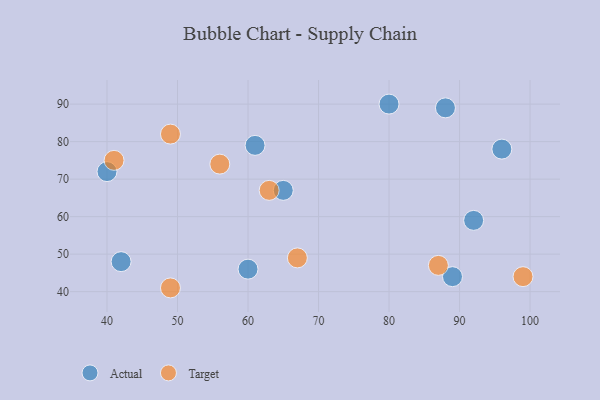
{"axis": {"x": "GDP", "y": "Life Expectancy"}, "legend": ["Actual", "Target"], "data": [{"x": "96", "y": 78, "type": "Actual"}, {"x": "92", "y": 59, "type": "Actual"}, {"x": "60", "y": 46, "type": "Actual"}, {"x": "89", "y": 44, "type": "Actual"}, {"x": "65", "y": 67, "type": "Actual"}, {"x": "61", "y": 79, "type": "Actual"}, {"x": "40", "y": 72, "type": "Actual"}, {"x": "88", "y": 89, "type": "Actual"}, {"x": "80", "y": 90, "type": "Actual"}, {"x": "42", "y": 48, "type": "Actual"}, {"x": "49", "y": 82, "type": "Target"}, {"x": "99", "y": 44, "type": "Target"}, {"x": "49", "y": 41, "type": "Target"}, {"x": "41", "y": 75, "type": "Target"}, {"x": "67", "y": 49, "type": "Target"}, {"x": "56", "y": 74, "type": "Target"}, {"x": "87", "y": 47, "type": "Target"}, {"x": "63", "y": 67, "type": "Target"}]}